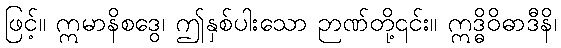
ဖြင့်။ ဣမာနိစဒွေ၊ ဤနှစ်ပါးသော ဉာဏ်တို့၎င်း။ ဣဒ္ဓိဝိဓာဒီနိ၊